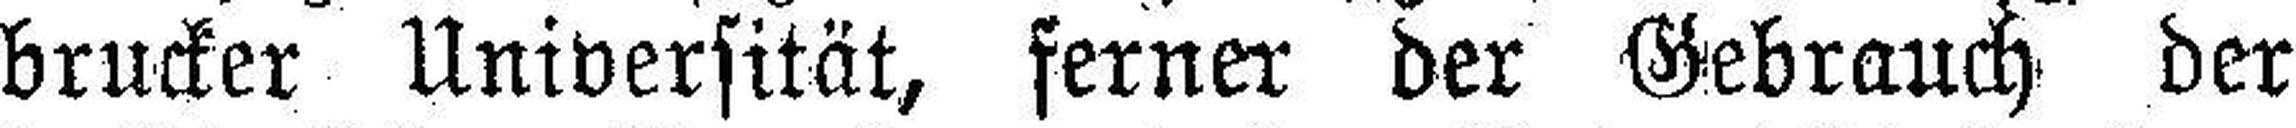
brucker Universität, ferner der Gebrauch der